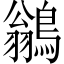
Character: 鶲